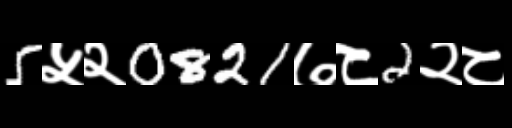
Text: 5५२0821७८2२८